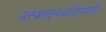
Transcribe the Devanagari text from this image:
उत्पादनवाढीसाठी